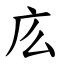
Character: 庅